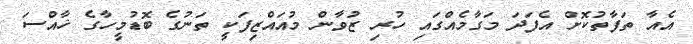
އެއާ ތަފާތުކޮށް އެފަދަ މަގާމެއްގައި ހުރި ޒުވާން މުއައްޒިފަކީ ތަނުގެ ބޮޑުމީހާގެ ޚާއްސަ